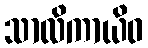
သာလိကာယိဝ